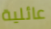
عائلية